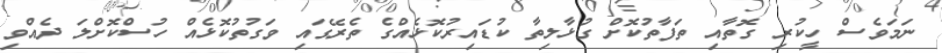
ނަމަވެސް ހީކުރި ގޮތާއި ތަފާތުކޮށް ގުޅާލިތާ ކުޑައިރުކޮޅެއްގެ ތެރޭގައި ވަގުތުކޮޅެއް ހުސްކޮށްލަ ދެއްވި